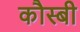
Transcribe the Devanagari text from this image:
कौस्बी